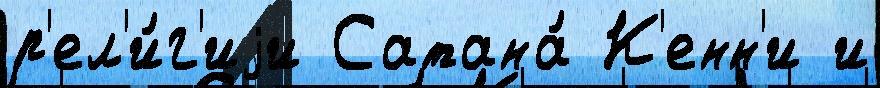
р'ел'и́г'иjи Сатана́ К'енн'и и